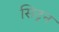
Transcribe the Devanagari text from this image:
सिट्रन